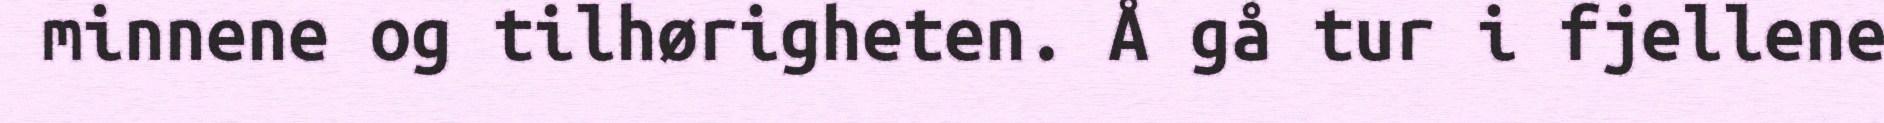
minnene og tilhørigheten. Å gå tur i fjellene